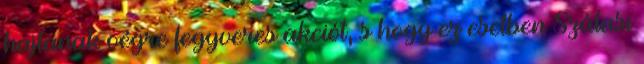
hajtanak végre fegyveres akciót, s hogy ez esetben Szálasi